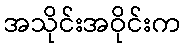
အသိုင်းအဝိုင်းက